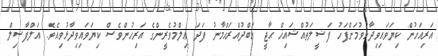
އަރިއަހުން ކިޔަވައިވިދާޅުވުމަށްފަހު ފަޟީލަތުއްޝައިޚް ޙާޖީ ޢަބްދުއްރަޙްމާނު ފަދަ ޢިލްމުވެރީންގެ އަރިހުންވެސް ކިޔަވައިވިދާޅުވިއެވެ. އަލްފާޟިލް